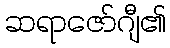
ဆရာဇော်ဂျီ၏